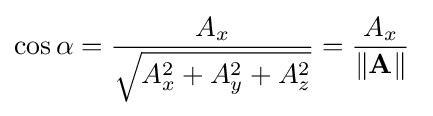
\cos \alpha ={\frac {A_{x}}{\sqrt {A_{x}^{2}+A_{y}^{2}+A_{z}^{2}}}}={\frac {A_{x}}{\|\mathbf {A} \|}}\